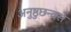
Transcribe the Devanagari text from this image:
अनुष्ठुछन्दसे